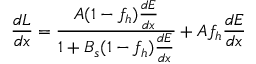
\frac { d L } { d x } = \frac { A ( 1 - f _ { h } ) \frac { d E } { d x } } { 1 + B _ { s } ( 1 - f _ { h } ) \frac { d E } { d x } } + A f _ { h } \frac { d E } { d x }